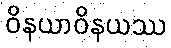
ဝိနယာဝိနယဿ